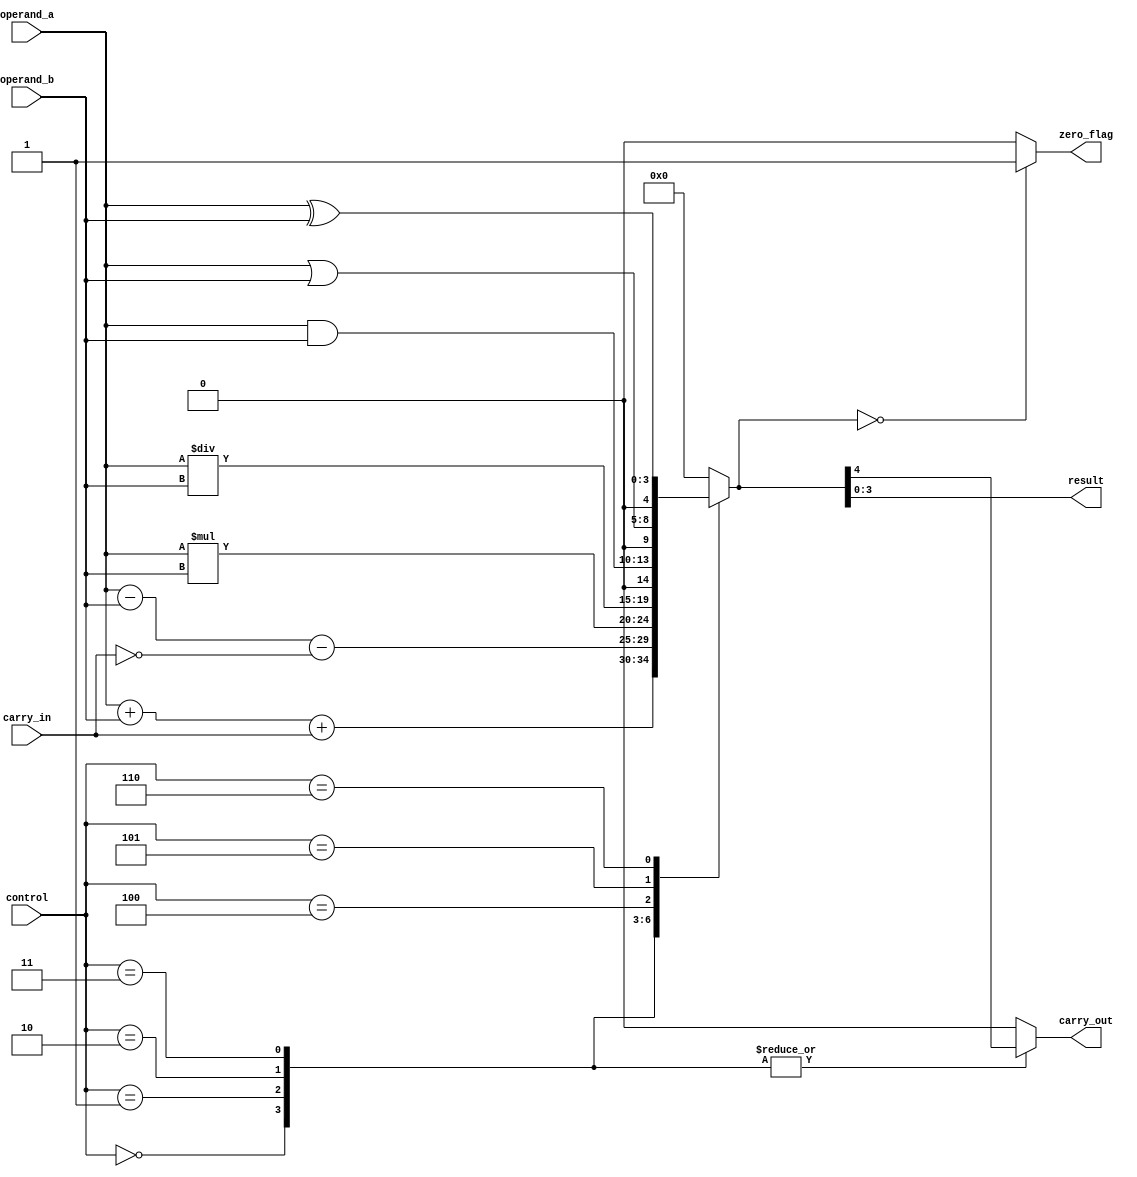
module alu (
    input [3:0] operand_a,
    input [3:0] operand_b,
    input [2:0] control,
    input carry_in,
    output reg [3:0] result,
    output reg zero_flag,
    output carry_out
);

reg [4:0] temp_result;
reg overflow;

always @*
begin
    case(control)
        3'b000: temp_result = operand_a + operand_b + carry_in;
        3'b001: temp_result = operand_a - operand_b - ~carry_in;
        3'b010: temp_result = operand_a * operand_b;
        3'b011: temp_result = operand_a / operand_b;
        3'b100: temp_result = operand_a & operand_b;
        3'b101: temp_result = operand_a | operand_b;
        3'b110: temp_result = operand_a ^ operand_b;
        default: temp_result = 4'b0000;
    endcase

    if(temp_result == 4'b0000)
        zero_flag = 1;
    else
        zero_flag = 0;

    case(control)
        3'b000: overflow = temp_result[4];
        3'b001: overflow = temp_result[4];
        3'b010: overflow = temp_result[4];
        3'b011: overflow = temp_result[4];
        default: overflow = 0;
    endcase

    result = temp_result[3:0];
    carry_out = overflow;
end

endmodule